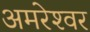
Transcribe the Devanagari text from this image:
अमरेश्‍वर